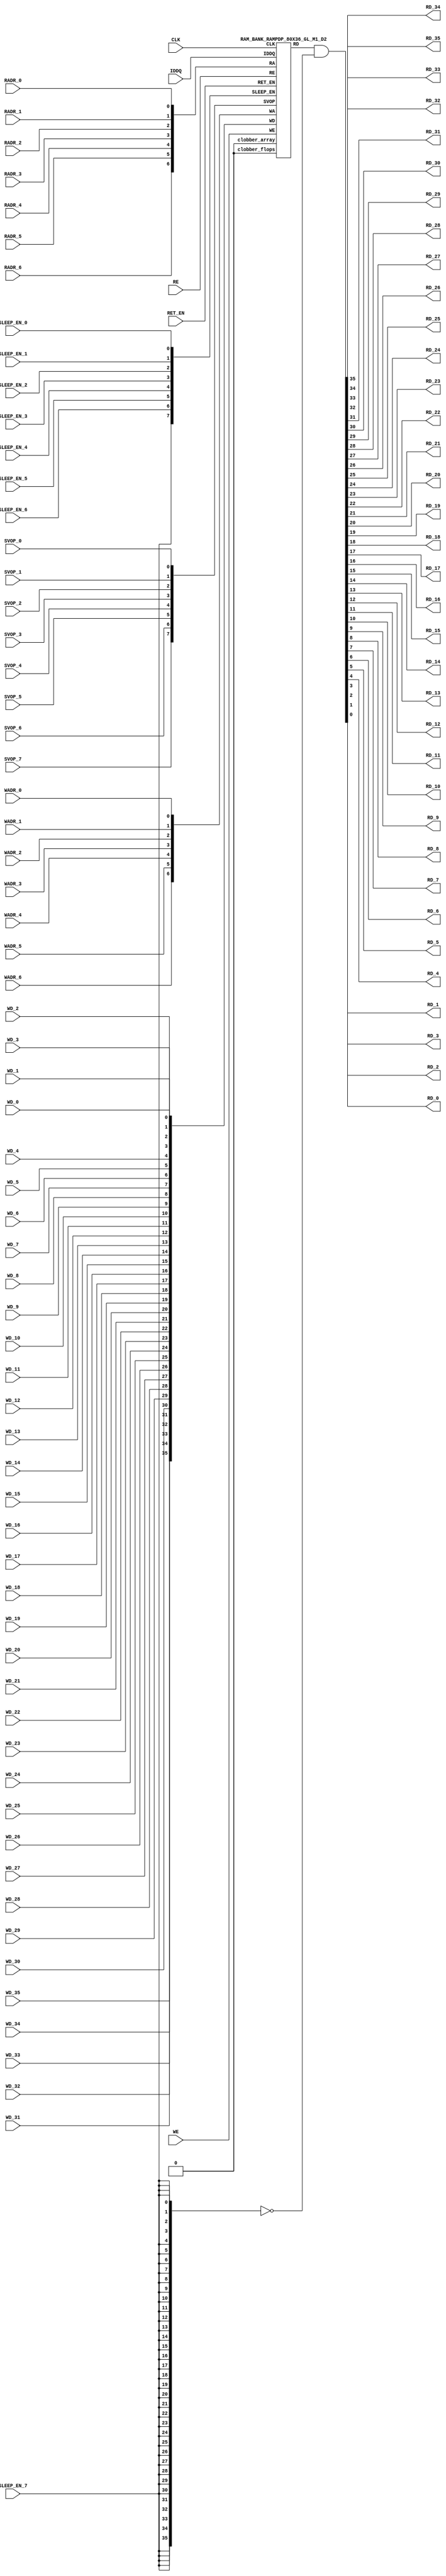

//Technology      : TSMC 16FF-LR
//Compiler version: FINAL.1 - 2017-05-25.18:47:15

`ifdef EMULATION
	`define SYNTHESIS
`endif

`ifndef SYNTHESIS
	`ifdef FAULT_INJECTION
		`define SIM_and_FAULT
	`endif
`endif

`ifndef SYNTHESIS
	`ifdef MONITOR
		`define SIM_and_MONITOR
	`endif
`endif


`ifndef SYNTHESIS 
`timescale 10ps/1ps
`endif 
`celldefine
module RAMPDP_80X36_GL_M1_D2 (  WE,  CLK, IDDQ, SVOP_0, SVOP_1, SVOP_2, SVOP_3, SVOP_4, SVOP_5, SVOP_6, SVOP_7 
,WD_35, WD_34, WD_33, WD_32, WD_31, WD_30, WD_29, WD_28, WD_27, WD_26, WD_25, WD_24, WD_23, WD_22, WD_21, WD_20, WD_19, WD_18, WD_17, WD_16, WD_15, WD_14, WD_13, WD_12, WD_11, WD_10, WD_9, WD_8, WD_7, WD_6, WD_5, WD_4, WD_3, WD_2, WD_1, WD_0,RD_35, RD_34, RD_33, RD_32, RD_31, RD_30, RD_29, RD_28, RD_27, RD_26, RD_25, RD_24, RD_23, RD_22, RD_21, RD_20, RD_19, RD_18, RD_17, RD_16, RD_15, RD_14, RD_13, RD_12, RD_11, RD_10, RD_9, RD_8, RD_7, RD_6, RD_5, RD_4, RD_3, RD_2, RD_1, RD_0, RE
, RADR_6, RADR_5, RADR_4, RADR_3, RADR_2, RADR_1, RADR_0, WADR_6, WADR_5, WADR_4, WADR_3, WADR_2, WADR_1, WADR_0, SLEEP_EN_7, SLEEP_EN_6, SLEEP_EN_5, SLEEP_EN_4, SLEEP_EN_3, SLEEP_EN_2, SLEEP_EN_1, SLEEP_EN_0, RET_EN
);

// nvProps NoBus SLEEP_EN_

`ifndef RAM_INTERFACE
`ifndef SYNTHESIS
// Physical ram size defined as localparam
parameter phy_rows = 80;
parameter phy_cols = 36;
parameter phy_rcols_pos = 36'b000000000000000000000000000000000000;

`endif //SYNTHESIS
`endif //RAM_INTERFACE

// Test mode control ports
input IDDQ;
// Clock port
input CLK;
// SVOP ports
input SVOP_0, SVOP_1, SVOP_2, SVOP_3, SVOP_4, SVOP_5, SVOP_6, SVOP_7;
// Write data ports
input WD_35, WD_34, WD_33, WD_32, WD_31, WD_30, WD_29, WD_28, WD_27, WD_26, WD_25, WD_24, WD_23, WD_22, WD_21, WD_20, WD_19, WD_18, WD_17, WD_16, WD_15, WD_14, WD_13, WD_12, WD_11, WD_10, WD_9, WD_8, WD_7, WD_6, WD_5, WD_4, WD_3, WD_2, WD_1, WD_0;
// Read data ports
output RD_35, RD_34, RD_33, RD_32, RD_31, RD_30, RD_29, RD_28, RD_27, RD_26, RD_25, RD_24, RD_23, RD_22, RD_21, RD_20, RD_19, RD_18, RD_17, RD_16, RD_15, RD_14, RD_13, RD_12, RD_11, RD_10, RD_9, RD_8, RD_7, RD_6, RD_5, RD_4, RD_3, RD_2, RD_1, RD_0;
// Read enable ports
input RE;
// Write enable ports
input WE;
// Read address ports
input RADR_6, RADR_5, RADR_4, RADR_3, RADR_2, RADR_1, RADR_0;
// Write address ports
input WADR_6, WADR_5, WADR_4, WADR_3, WADR_2, WADR_1, WADR_0;

// PG Zone enables
input SLEEP_EN_0, SLEEP_EN_1, SLEEP_EN_2, SLEEP_EN_3, SLEEP_EN_4, SLEEP_EN_5, SLEEP_EN_6, SLEEP_EN_7, RET_EN;

`ifndef RAM_INTERFACE
wire VDD = 1'b1;
wire GND  = 1'b0;

// Combine the sleep enable pins into one bus
	wire [7:0] SLEEP_EN = {SLEEP_EN_7, SLEEP_EN_6, SLEEP_EN_5, SLEEP_EN_4, SLEEP_EN_3, SLEEP_EN_2, SLEEP_EN_1, SLEEP_EN_0};

// Signal to clamp the outputs when the VDD is power gated off.
	wire clamp_rd   = SLEEP_EN[7] ;

// State point clobering signals
// X-out state points when their power goes out
    wire clobber_x;
`ifndef SYNTHESIS
`ifdef DISABLE_REPAIR_X
    wire check_x = (RET_EN ^ (^SLEEP_EN[7:0]) ^  SVOP_0 ^ SVOP_1 ^ SVOP_2 ^ SVOP_3 ^ SVOP_4 ^ SVOP_5 ^ SVOP_6 ^ SVOP_7);
`else 
    wire check_x = (RET_EN ^ (^SLEEP_EN[7:0]) ^  SVOP_0 ^ SVOP_1 ^ SVOP_2 ^ SVOP_3 ^ SVOP_4 ^ SVOP_5 ^ SVOP_6 ^ SVOP_7 );
`endif 
    assign clobber_x = ((check_x === 1'bx) || (check_x === 1'bz))?1'b1:1'b0;
 
    wire clobber_array = (~RET_EN & (|SLEEP_EN[3:0]))  | clobber_x;
    wire clobber_flops = (|SLEEP_EN[7:4]) | clobber_x ;
`else //SYNTHESIS
    wire clobber_array = 1'b0;
    wire clobber_flops = 1'b0;
    assign clobber_x = 1'b0;
`endif //SYNTHESIS 

// Output valid signal
// Outputs are unknown in non-retention mode if VDDM is powered up , but VDD is not 
    wire outvalid;
	assign outvalid = ~(clobber_x | (~RET_EN & (|SLEEP_EN[3:0]) & (|(~SLEEP_EN[7:4]))));


//assemble & rename wires
// Extend the MSB's of the read/write addresses to cover all the flop inputs
// The number of address flops is fixed. Also combine all the individual *_* bits into one bus
	wire [6:0] RA = {RADR_6, RADR_5, RADR_4, RADR_3, RADR_2, RADR_1, RADR_0};
	wire [6:0] WA = {WADR_6, WADR_5, WADR_4, WADR_3, WADR_2, WADR_1, WADR_0};
// Combine all the write data input bits
	wire [35:0] WD = {WD_35, WD_34, WD_33, WD_32, WD_31, WD_30, WD_29, WD_28, WD_27, WD_26, WD_25, WD_24, WD_23, WD_22, WD_21, WD_20, WD_19, WD_18, WD_17, WD_16, WD_15, WD_14, WD_13, WD_12, WD_11, WD_10, WD_9, WD_8, WD_7, WD_6, WD_5, WD_4, WD_3, WD_2, WD_1, WD_0};
	wire [35:0] RD;
// Expand the read data bus into individual output bits
//	assign {RD_35, RD_34, RD_33, RD_32, RD_31, RD_30, RD_29, RD_28, RD_27, RD_26, RD_25, RD_24, RD_23, RD_22, RD_21, RD_20, RD_19, RD_18, RD_17, RD_16, RD_15, RD_14, RD_13, RD_12, RD_11, RD_10, RD_9, RD_8, RD_7, RD_6, RD_5, RD_4, RD_3, RD_2, RD_1, RD_0} = (outvalid) ? RD : 36'bx;
// Do the read data swizzing based on the number of words and bits. 
`ifndef SYNTHESIS
	assign {RD_35, RD_34, RD_33, RD_32, RD_31, RD_30, RD_29, RD_28, RD_27, RD_26, RD_25, RD_24, RD_23, RD_22, RD_21, RD_20, RD_19, RD_18, RD_17, RD_16, RD_15, RD_14, RD_13, RD_12, RD_11, RD_10, RD_9, RD_8, RD_7, RD_6, RD_5, RD_4, RD_3, RD_2, RD_1, RD_0} = (outvalid) ? RD & ~{36{clamp_rd}} : 36'bx;
`else
	assign {RD_35, RD_34, RD_33, RD_32, RD_31, RD_30, RD_29, RD_28, RD_27, RD_26, RD_25, RD_24, RD_23, RD_22, RD_21, RD_20, RD_19, RD_18, RD_17, RD_16, RD_15, RD_14, RD_13, RD_12, RD_11, RD_10, RD_9, RD_8, RD_7, RD_6, RD_5, RD_4, RD_3, RD_2, RD_1, RD_0} =  RD & ~{36{clamp_rd}};
`endif
	wire [7:0] SVOP = {SVOP_7, SVOP_6, SVOP_5, SVOP_4, SVOP_3, SVOP_2, SVOP_1, SVOP_0};


`ifndef EMULATION

// Instantiate memory bank
// This block defines the core functionality of the rams.
	RAM_BANK_RAMPDP_80X36_GL_M1_D2 ITOP ( WE, CLK, IDDQ, SVOP, WD, RD, RE, RA, WA
, SLEEP_EN
,  RET_EN, clobber_array , clobber_flops 
);

`ifndef SYNTHESIS 
// Tasks for initializing the arrays
//VCS coverage off    
always  @(clobber_array) begin : clobber_array_block
    integer i;
    if (clobber_array) begin
	    for (i=0; i<80; i=i+1) begin
		     mem_wr_raw(i, {36{1'bx}});
		end
    end
end


always  @(clobber_flops) begin
  if (clobber_flops) begin
      ITOP.RE_LATB <= 1'bx;
      ITOP.RE_FF <= 1'bx;
      ITOP.WE_LATB <= 1'bx;
      ITOP.WE_FF <= 1'bx;
      ITOP.RADR <= 7'bx;
      ITOP.WADR <= 7'bx;
      ITOP.WAFF <= 7'bx;
      ITOP.WDQ_pr <= 36'bx;
      ITOP.dout <= 36'bx;
  end
end  
//VCS coverage on    

//VCS coverage off    
task mem_wr_raw;
  input [6:0] addr;
  input [35:0] data;
  begin
        ITOP.iow0.mem_wr_raw_subbank(addr[6:0],data);
  end
endtask

// Ramgen function for writing the arrays 
task mem_write;
  input [6:0] addr;
  input [35:0] data;
  begin
    ITOP.mem_write_bank(addr,data);
  end
endtask

// Ramgen function for reading the arrays 
function [35:0] mem_read;
input [6:0] addr;
  begin
        mem_read = ITOP.mem_read_bank(addr);
  end
endfunction


// Random only generates 32 bit value.
// If nbits > 32, call it multiple times
// Old random fill fills all memory locations with same random value


task mem_fill_random;
	reg [35:0] val;
	integer i;
	begin
		for (i=0; i<80; i=i+1) begin
		    val = {$random, $random};
		    mem_wr_raw(i, val);
		end
	end 
endtask

// Fill the memory with a given bit value 
task mem_fill_value;
    input fill_bit;
	reg [35:0] val;
    integer i;
    begin
        val = {36{fill_bit}};
        for (i=0; i<80; i=i+1) begin
		    mem_wr_raw(i, val);
        end
    end
endtask 

// read logical address and feed into salat
task force_rd;
input [6:0] addr;
	reg [35:0] rd;

	`ifdef USE_RAMINIT_LIBS
	reg raminit_active, raminit_argcheck, raminit_debug, raminit_enable, raminit_random, raminit_invert,
	    raminit_val, raminit_waitclock, raminit_use_force;
	real raminit_delay_ns, raminit_waitclock_check_ns;
	initial
	begin
	  raminit_active    = 0; // default is inactive (plusarg to active the ram init functionality)
	  raminit_argcheck  = 0; // default is no plusargs check (apart from raminit_active and raminit_argcheck)
	  raminit_debug     = 0; // default is no debug messages
	  raminit_enable    = 0; // default is no init (variable indicating if the ram init functionality is enabled for this instance)
	  raminit_random    = 0; // default is no random init
	  raminit_invert    = 0; // default is not to invert the init value
	  raminit_val       = 0; // default init value is zero
	  raminit_waitclock = 0; // default is not to wait to clock to be non-X
	  raminit_use_force = 1; // default is to use force/release
	  raminit_delay_ns           = `ifdef NV_TOP_RESET_ON_DELAY  (`NV_TOP_RESET_ON_DELAY+2) `else 3 `endif; // default is 2ns after nv_top_reset_ goes low or ram clock is not X
	  raminit_waitclock_check_ns = `ifdef NV_TOP_RESET_OFF_DELAY (`NV_TOP_RESET_OFF_DELAY)  `else 0 `endif; // default is when nv_top_reset_ goes high
	  $value$plusargs("raminit_active=%d",    raminit_active);
	  $value$plusargs("raminit_argcheck=%d",  raminit_argcheck);
	  if (raminit_argcheck)
	  begin
	    // The following variables are not usually used as plusargs, but instead set through add_inst_array calls or the init_inst_file.
	    $value$plusargs("raminit_debug=%d",              raminit_debug);
	    $value$plusargs("raminit_enable=%d",             raminit_enable);
	    $value$plusargs("raminit_random=%d",             raminit_random);
	    $value$plusargs("raminit_invert=%d",             raminit_invert);
	    $value$plusargs("raminit_val=%d",                raminit_val);
	    $value$plusargs("raminit_waitclock=%d",          raminit_waitclock);
	    $value$plusargs("raminit_delay_ns=%f",           raminit_delay_ns);
	    $value$plusargs("raminit_waitclock_check_ns=%f", raminit_waitclock_check_ns);
	    $value$plusargs("raminit_use_force=%d",          raminit_use_force);
	  end
	  `ifdef INST_CHECK
	  `INST_CHECK(ram_inst_check0,raminit_active,raminit_debug,raminit_enable,raminit_random,raminit_val,raminit_invert,raminit_waitclock,raminit_delay_ns,raminit_waitclock_check_ns);
	  `endif
	  if (!raminit_active)  raminit_enable = 0;
	  else if (raminit_enable)
	  begin
	    if (raminit_random) raminit_val = `ifdef NO_PLI 1'b0 `else $RollPLI(0,1) `endif;
	    if (raminit_invert) raminit_val = ~raminit_val;
	  end
	  if (raminit_debug)
	  begin
	    $display("%m: raminit_active              = %d", raminit_active);
	    $display("%m: raminit_argcheck            = %d", raminit_argcheck);
	    $display("%m: raminit_debug               = %d", raminit_debug);
	    $display("%m: raminit_enable              = %d", raminit_enable);
	    $display("%m: raminit_random              = %d", raminit_random);
	    $display("%m: raminit_invert              = %d", raminit_invert);
	    $display("%m: raminit_val                 = %d", raminit_val);
	    $display("%m: raminit_waitclock           = %d", raminit_waitclock);
	    $display("%m: raminit_delay_ns            = %f ns", raminit_delay_ns);
	    $display("%m: raminit_waitclock_check_ns  = %f ns", raminit_waitclock_check_ns);
	    $display("%m: raminit_use_force           = %d", raminit_use_force);
	  end
	end
	`endif

	`ifdef USE_RAMINIT_LIBS
	// init rd
	task init_rd_regs;
	begin
	  #0; // wait for raminit variables to be set
	  if (raminit_enable)
	  begin : raminit_val_blk
	    reg [36-1:0] raminit_fullval;
	    if (raminit_random)  raminit_fullval = `ifdef NO_PLI {36 {1'b1}} `else { $RollPLI(0,{32{1'b1}}), $RollPLI(0,{4{1'b1}}) } `endif ;
	    else                 raminit_fullval = {36 {raminit_val}};
	    if (raminit_invert)  raminit_fullval = ~raminit_fullval;
	    if (raminit_use_force)  force rd = raminit_fullval;
	    if (raminit_waitclock)  wait ( !== 1'bx);
	    #(raminit_delay_ns*100);
	    `ifdef INST_WAITCLOCK_CHECK
	    `INST_WAITCLOCK_CHECK(waitclock_inst_check0,raminit_waitclock,raminit_waitclock_check_ns,100)
	    `endif
	    if (raminit_use_force)  release rd;
	    rd = raminit_fullval;
	  end
	end
	endtask
	initial begin init_rd_regs();  end
	`ifdef RAMINIT_TRIGGER
	always @(`RAMINIT_TRIGGER)  init_rd_regs();
	`endif
	`endif // `ifdef USE_RAMINIT_LIBS

	begin
        rd = ITOP.iow0.mem_read_raw_subbank(addr);
		ITOP.dout = rd;
	end
endtask

`ifdef MEM_PHYS_INFO
//function for physical array read row, takes physical address
function [35:0] mem_phys_read_padr;
input [6:0] addr;
	reg [35:0] rd_row;

	`ifdef USE_RAMINIT_LIBS
	// init rd_row
	task init_rd_row_regs;
	begin
	  #0; // wait for raminit variables to be set
	  if (raminit_enable)
	  begin : raminit_val_blk
	    reg [36-1:0] raminit_fullval;
	    if (raminit_random)  raminit_fullval = `ifdef NO_PLI {36 {1'b1}} `else { $RollPLI(0,{32{1'b1}}), $RollPLI(0,{4{1'b1}}) } `endif ;
	    else                 raminit_fullval = {36 {raminit_val}};
	    if (raminit_invert)  raminit_fullval = ~raminit_fullval;
	    if (raminit_use_force)  force rd_row = raminit_fullval;
	    if (raminit_waitclock)  wait ( !== 1'bx);
	    #(raminit_delay_ns*100);
	    `ifdef INST_WAITCLOCK_CHECK
	    `INST_WAITCLOCK_CHECK(waitclock_inst_check1,raminit_waitclock,raminit_waitclock_check_ns,100)
	    `endif
	    if (raminit_use_force)  release rd_row;
	    rd_row = raminit_fullval;
	  end
	end
	endtask
	initial begin init_rd_row_regs();  end
	`ifdef RAMINIT_TRIGGER
	always @(`RAMINIT_TRIGGER)  init_rd_row_regs();
	`endif
	`endif // `ifdef USE_RAMINIT_LIBS

	reg [35:0] rd[0:0];
	integer i;
	begin
        rd[0] = ITOP.iow0.mem_read_raw_subbank(addr);
        for (i=0; i<=35; i=i+1) begin
            rd_row[i*1+0] = rd[0][i];
		end
		mem_phys_read_padr = rd_row;
	end
endfunction

//function for physical array read row, takes logical address
function [35:0] mem_phys_read_ladr;
input [6:0] addr;
    reg [6:0] paddr;
	reg [35:0] rd_row;

	`ifdef USE_RAMINIT_LIBS
	// init rd_row
	task init_rd_row_regs;
	begin
	  #0; // wait for raminit variables to be set
	  if (raminit_enable)
	  begin : raminit_val_blk
	    reg [36-1:0] raminit_fullval;
	    if (raminit_random)  raminit_fullval = `ifdef NO_PLI {36 {1'b1}} `else { $RollPLI(0,{32{1'b1}}), $RollPLI(0,{4{1'b1}}) } `endif ;
	    else                 raminit_fullval = {36 {raminit_val}};
	    if (raminit_invert)  raminit_fullval = ~raminit_fullval;
	    if (raminit_use_force)  force rd_row = raminit_fullval;
	    if (raminit_waitclock)  wait ( !== 1'bx);
	    #(raminit_delay_ns*100);
	    `ifdef INST_WAITCLOCK_CHECK
	    `INST_WAITCLOCK_CHECK(waitclock_inst_check2,raminit_waitclock,raminit_waitclock_check_ns,100)
	    `endif
	    if (raminit_use_force)  release rd_row;
	    rd_row = raminit_fullval;
	  end
	end
	endtask
	initial begin init_rd_row_regs();  end
	`ifdef RAMINIT_TRIGGER
	always @(`RAMINIT_TRIGGER)  init_rd_row_regs();
	`endif
	`endif // `ifdef USE_RAMINIT_LIBS

	reg [35:0] rd[0:0];
	integer i;
	begin
        paddr = (addr >> 0);
        rd[0] = ITOP.iow0.mem_read_raw_subbank(paddr);
        for (i=0; i<=35; i=i+1) begin
            rd_row[i*1+0] = rd[0][i];
		end
		mem_phys_read_ladr = rd_row;
	end
endfunction


//function for physical array read row with column masking, takes logical address
function [35:0] mem_phys_read_pmasked;
input [6:0] addr;
   reg [35:0] rd_row;

   `ifdef USE_RAMINIT_LIBS
   // init rd_row
   task init_rd_row_regs;
   begin
     #0; // wait for raminit variables to be set
     if (raminit_enable)
     begin : raminit_val_blk
       reg [36-1:0] raminit_fullval;
       if (raminit_random)  raminit_fullval = `ifdef NO_PLI {36 {1'b1}} `else { $RollPLI(0,{32{1'b1}}), $RollPLI(0,{4{1'b1}}) } `endif ;
       else                 raminit_fullval = {36 {raminit_val}};
       if (raminit_invert)  raminit_fullval = ~raminit_fullval;
       if (raminit_use_force)  force rd_row = raminit_fullval;
       if (raminit_waitclock)  wait ( !== 1'bx);
       #(raminit_delay_ns*100);
       `ifdef INST_WAITCLOCK_CHECK
       `INST_WAITCLOCK_CHECK(waitclock_inst_check3,raminit_waitclock,raminit_waitclock_check_ns,100)
       `endif
       if (raminit_use_force)  release rd_row;
       rd_row = raminit_fullval;
     end
   end
   endtask
   initial begin init_rd_row_regs();  end
   `ifdef RAMINIT_TRIGGER
   always @(`RAMINIT_TRIGGER)  init_rd_row_regs();
   `endif
   `endif // `ifdef USE_RAMINIT_LIBS

   reg [35:0] rd[0 : 0];
   integer i;
   begin
        rd_row = ITOP.iow0.mem_read_raw_subbank(addr);
        mem_phys_read_pmasked = rd_row;
    end
endfunction

//Task for physical array write row, takes physical address
task mem_phys_write;
input [6:0] addr;
input [35:0] data;
	reg [35:0] wr[0:0];
	integer i;
	begin
        for (i=0; i<=35; i=i+1) begin
            wr[0][i] = data[i*1+0];
		end
        ITOP.iow0.mem_wr_raw_subbank(addr,wr[0]);
	end
endtask

// Function to return a physical address given a logical address input.
function [6:0] mem_log_to_phys_adr;
input [6:0] addr;
    begin
        mem_log_to_phys_adr = (addr >> 0) ; 
    end
endfunction 
`endif //MEM_PHYS_INFO

`ifdef MONITOR
// Monitor dump trigger
reg dump_monitor_result;

initial begin : init_monitor
  dump_monitor_result = 1'b0;
end

task monitor_on;
    begin
		ITOP.iow0.monitor_on = 1'b1;
   end
endtask

task monitor_off;
    begin
		ITOP.iow0.monitor_on = 1'b0;
        dump_monitor_result = 1'b1;
    end
endtask

// read bit_written monitor row by physical address from subarray
function [35:0] mon_bit_w;
input [6:0] addr;
	reg [35:0] mon_row;
	reg [35:0] mon_word[0:0];
	integer i;
	begin
		// read all monitor words for a row
		mon_word[0] = ITOP.iow0.bit_written[addr];
		// combine all 1 words to a row
		for (i=0; i<=35; i=i+1) begin
			mon_row[i*1+0] = mon_word[0][i];
		end
		mon_bit_w = mon_row;
	end
endfunction

// read bit_read monitor word by address from subarray
function [35:0] mon_bit_r;
input [6:0] addr;
	reg [35:0] mon_row;
	reg [35:0] mon_word[0:0];
	integer i;
	begin
		// read all monitor words for a row
		mon_word[0] = ITOP.iow0.bit_read[addr];
		// combine all 1 words to a row
		for (i=0; i<=35; i=i+1) begin
			mon_row[i*1+0] = mon_word[0][i];
		end
		mon_bit_r = mon_row;
	end
endfunction

// read word_written monitor row by physical address from subarray
function  mon_word_w;
input [6:0] addr;
	reg mon_word[0:0];
	integer i;
	begin
		// read all monitor words for a row
		mon_word[0] = ITOP.iow0.word_written[addr];
		// combine all 1 words to a row
		mon_word_w = mon_word[0]  ;
	end
endfunction

// read word_read monitor row by physical address from subarray
function  mon_word_r;
input [6:0] addr;
	reg mon_word[0:0];
	integer i;
	begin
		// read all monitor words for a row
		mon_word[0] = ITOP.iow0.word_read[addr];
		// combine all 1 words to a row
		mon_word_r = mon_word[0]  ;
	end
endfunction

always @(dump_monitor_result) begin : dump_monitor
	integer i;
	integer j;
	reg [35:0] tmp_row;
    reg tmp_bit;
	if (dump_monitor_result == 1'b1) begin
	    $display("Exercised coverage summary:");
        $display("\t%m rows unwritten:");
        for(i=0;i<=80;i=i+1) begin
			tmp_bit = mon_word_w(i);
            if (tmp_bit !== 1) $display("\t\trow %d", i);
		end
        $display("\t%m rows unread:");
        for(i=0;i<=80;i=i+1) begin
			tmp_bit = mon_word_r(i);
            if (tmp_bit !== 1) $display("\t\trow %d", i);
		end
		$display("\t%m bits not written as 0:");
		for (i=0; i<80; i=i+1) begin
			tmp_row = mon_bit_w(i);
			for (j=0; j<36; j=j+1) begin
				if (tmp_row[j] !== 1'b0 && tmp_row[j] !== 1'bz) $display("\t\t[row,bit] [%d,%d]", i, j);
			end
		end
		$display("\t%m bits not written as 1:");
		for (i=0; i<80; i=i+1) begin
			tmp_row = mon_bit_w(i);
			for (j=0; j<36; j=j+1) begin
				if (tmp_row[j] !== 1'b1 && tmp_row[j] !== 1'bz) $display("\t\t[row,bit] [%d,%d]", i, j);
			end
		end
		$display("\t%m bits not read as 0:");
		for (i=0; i<80; i=i+1) begin
			tmp_row = mon_bit_r(i);
			for (j=0; j<36; j=j+1) begin
				if (tmp_row[j] !== 1'b0 && tmp_row[j] !== 1'bz) $display("\t\t[row,bit] [%d,%d]", i, j);
			end
		end
		$display("\t%m bits not read as 1:");
		for (i=0; i<80; i=i+1) begin
			tmp_row = mon_bit_r(i);
			for (j=0; j<36; j=j+1) begin
				if (tmp_row[j] !== 1'b1 && tmp_row[j] !== 1'bz) $display("\t\t[row,bit] [%d,%d]", i, j);
			end
		end
		dump_monitor_result = 1'b0;
	end
end

//VCS coverage on    
`endif // MONITOR

`ifdef NV_RAM_EXPAND_ARRAY
wire [35:0] Q_0 = ITOP.iow0.arr[0];
wire [35:0] Q_1 = ITOP.iow0.arr[1];
wire [35:0] Q_2 = ITOP.iow0.arr[2];
wire [35:0] Q_3 = ITOP.iow0.arr[3];
wire [35:0] Q_4 = ITOP.iow0.arr[4];
wire [35:0] Q_5 = ITOP.iow0.arr[5];
wire [35:0] Q_6 = ITOP.iow0.arr[6];
wire [35:0] Q_7 = ITOP.iow0.arr[7];
wire [35:0] Q_8 = ITOP.iow0.arr[8];
wire [35:0] Q_9 = ITOP.iow0.arr[9];
wire [35:0] Q_10 = ITOP.iow0.arr[10];
wire [35:0] Q_11 = ITOP.iow0.arr[11];
wire [35:0] Q_12 = ITOP.iow0.arr[12];
wire [35:0] Q_13 = ITOP.iow0.arr[13];
wire [35:0] Q_14 = ITOP.iow0.arr[14];
wire [35:0] Q_15 = ITOP.iow0.arr[15];
wire [35:0] Q_16 = ITOP.iow0.arr[16];
wire [35:0] Q_17 = ITOP.iow0.arr[17];
wire [35:0] Q_18 = ITOP.iow0.arr[18];
wire [35:0] Q_19 = ITOP.iow0.arr[19];
wire [35:0] Q_20 = ITOP.iow0.arr[20];
wire [35:0] Q_21 = ITOP.iow0.arr[21];
wire [35:0] Q_22 = ITOP.iow0.arr[22];
wire [35:0] Q_23 = ITOP.iow0.arr[23];
wire [35:0] Q_24 = ITOP.iow0.arr[24];
wire [35:0] Q_25 = ITOP.iow0.arr[25];
wire [35:0] Q_26 = ITOP.iow0.arr[26];
wire [35:0] Q_27 = ITOP.iow0.arr[27];
wire [35:0] Q_28 = ITOP.iow0.arr[28];
wire [35:0] Q_29 = ITOP.iow0.arr[29];
wire [35:0] Q_30 = ITOP.iow0.arr[30];
wire [35:0] Q_31 = ITOP.iow0.arr[31];
wire [35:0] Q_32 = ITOP.iow0.arr[32];
wire [35:0] Q_33 = ITOP.iow0.arr[33];
wire [35:0] Q_34 = ITOP.iow0.arr[34];
wire [35:0] Q_35 = ITOP.iow0.arr[35];
wire [35:0] Q_36 = ITOP.iow0.arr[36];
wire [35:0] Q_37 = ITOP.iow0.arr[37];
wire [35:0] Q_38 = ITOP.iow0.arr[38];
wire [35:0] Q_39 = ITOP.iow0.arr[39];
wire [35:0] Q_40 = ITOP.iow0.arr[40];
wire [35:0] Q_41 = ITOP.iow0.arr[41];
wire [35:0] Q_42 = ITOP.iow0.arr[42];
wire [35:0] Q_43 = ITOP.iow0.arr[43];
wire [35:0] Q_44 = ITOP.iow0.arr[44];
wire [35:0] Q_45 = ITOP.iow0.arr[45];
wire [35:0] Q_46 = ITOP.iow0.arr[46];
wire [35:0] Q_47 = ITOP.iow0.arr[47];
wire [35:0] Q_48 = ITOP.iow0.arr[48];
wire [35:0] Q_49 = ITOP.iow0.arr[49];
wire [35:0] Q_50 = ITOP.iow0.arr[50];
wire [35:0] Q_51 = ITOP.iow0.arr[51];
wire [35:0] Q_52 = ITOP.iow0.arr[52];
wire [35:0] Q_53 = ITOP.iow0.arr[53];
wire [35:0] Q_54 = ITOP.iow0.arr[54];
wire [35:0] Q_55 = ITOP.iow0.arr[55];
wire [35:0] Q_56 = ITOP.iow0.arr[56];
wire [35:0] Q_57 = ITOP.iow0.arr[57];
wire [35:0] Q_58 = ITOP.iow0.arr[58];
wire [35:0] Q_59 = ITOP.iow0.arr[59];
wire [35:0] Q_60 = ITOP.iow0.arr[60];
wire [35:0] Q_61 = ITOP.iow0.arr[61];
wire [35:0] Q_62 = ITOP.iow0.arr[62];
wire [35:0] Q_63 = ITOP.iow0.arr[63];
wire [35:0] Q_64 = ITOP.iow0.arr[64];
wire [35:0] Q_65 = ITOP.iow0.arr[65];
wire [35:0] Q_66 = ITOP.iow0.arr[66];
wire [35:0] Q_67 = ITOP.iow0.arr[67];
wire [35:0] Q_68 = ITOP.iow0.arr[68];
wire [35:0] Q_69 = ITOP.iow0.arr[69];
wire [35:0] Q_70 = ITOP.iow0.arr[70];
wire [35:0] Q_71 = ITOP.iow0.arr[71];
wire [35:0] Q_72 = ITOP.iow0.arr[72];
wire [35:0] Q_73 = ITOP.iow0.arr[73];
wire [35:0] Q_74 = ITOP.iow0.arr[74];
wire [35:0] Q_75 = ITOP.iow0.arr[75];
wire [35:0] Q_76 = ITOP.iow0.arr[76];
wire [35:0] Q_77 = ITOP.iow0.arr[77];
wire [35:0] Q_78 = ITOP.iow0.arr[78];
wire [35:0] Q_79 = ITOP.iow0.arr[79];
`endif //NV_RAM_EXPAND_ARRAY
`endif //SYNTHESIS

`ifdef FAULT_INJECTION
// BIST stuck at tasks
// induce faults on columns
//VCS coverage off    
task mem_fault_no_write;
input [35:0] fault_mask;
    begin
        ITOP.iow0.mem_fault_no_write_subbank(fault_mask);
    end
endtask

task mem_fault_stuck_0;
input [35:0] fault_mask;
    begin
        ITOP.iow0.mem_fault_stuck_0_subbank(fault_mask);
    end
endtask

task mem_fault_stuck_1;
input [35:0] fault_mask;
    begin
        ITOP.iow0.mem_fault_stuck_1_subbank(fault_mask);
    end
endtask

task set_bit_fault_stuck_0;
input r;
input c;
integer r;
integer c;

    ITOP.iow0.set_bit_fault_stuck_0_subbank(r, c);

endtask

task set_bit_fault_stuck_1;
input r;
input c;
integer r;
integer c;
 
    ITOP.iow0.set_bit_fault_stuck_1_subbank(r, c);

endtask

task clear_bit_fault_stuck_0;
input r;
input c;
integer r;
integer c;

    ITOP.iow0.clear_bit_fault_stuck_0_subbank(r, c);

endtask

task clear_bit_fault_stuck_1;
input r;
input c;
integer r;
integer c;

    ITOP.iow0.clear_bit_fault_stuck_1_subbank(r, c);

endtask
//VCS coverage on    

`endif // STUCK
`else // EMULATION=1 
//VCS coverage off    
// The emulation model is a simple model which models only basic functionality and contains no test logic or redundancy.
// The model also uses flops wherever possible. Latches are avoided to help close timing on the emulator.
// The unused pins are left floating in the model.

// Register declarations
// enables 
    reg RE_FF,WE_FF,RE_LAT,WE_LAT;
// Addresses 
    reg [6:0] RAFF,WAFF;
// Data 
    reg [35:0] WD_FF;
    reg [35:0] RD_LAT;
 
// Latch the enables
//spyglass disable_block IntClock,W18 
    always @(*) begin 
        if (!CLK) begin
            RE_LAT <= RE; 
            WE_LAT <= WE; 
        end 
    end
//spyglass enable_block IntClock,W18 
            
// Flop the enables : RE/WE/RE_O
    always @(posedge CLK) begin
        RE_FF <= RE; //spyglass disable IntClock
        WE_FF <= WE; //spyglass disable IntClock
    end 

// Gated clock for the read/write operations 
    wire RECLK = CLK & RE_LAT; //spyglass disable GatedClock
    wire WECLK = CLK & WE_LAT; //spyglass disable GatedClock

// Flop the addresses/write data//mask 
    always @(posedge RECLK) 
        RAFF <= RA; //spyglass disable IntClock
    always @(posedge WECLK) begin 
        WAFF <= WA; //spyglass disable IntClock
        WD_FF <= WD; //spyglass disable IntClock
    end 



// Memory 
    reg [35:0] mem[79:0]; 

// write into the memory on negative edge of clock
   wire WRCLK = ~CLK & WE_FF ; //spyglass disable GatedClock
 
    always @(posedge WRCLK)
        mem[WAFF] <= WD_FF; //spyglass disable SYNTH_5130

// Read 
    wire [35:0] dout;
    assign dout = mem[RAFF]; //spyglass disable SYNTH_5130
    reg [35:0] dout_LAT;
    always @(RECLK or dout) 
        if (RECLK) 
            dout_LAT <= dout; //spyglass disable W18
    assign RD = dout_LAT;

`endif // EMULATION
//VCS coverage on    
`endif  // end RAM_INTERFACE
endmodule
`endcelldefine

`ifndef RAM_INTERFACE
`ifndef EMULATION

//memory bank block
module RAM_BANK_RAMPDP_80X36_GL_M1_D2 ( WE, CLK, IDDQ, SVOP, WD, RD, RE, RA, WA
, SLEEP_EN
, RET_EN , clobber_array , clobber_flops 
);

// Input/output port definitions
input  WE, CLK, IDDQ , RE;
input [7:0] SVOP;
input [35:0] WD;
input [6:0] RA, WA;
output [35:0] RD;
input [7:0] SLEEP_EN;

input RET_EN , clobber_array , clobber_flops ; 

// When there is no bypass requested, tie the internal bypass select to 0.
    wire RDBYP = 1'b0;
//Definitions of latches and flops in the design
// *_LAT --> Latched value
// *_LATB --> inverted latch value
// *_FF   --> Flopped version
	reg RE_LATB, RE_FF, WE_LATB, WE_FF;
	reg [6:0] RADR, WADR, WAFF;

    // For non-pipelined rams , capture_dis is disabled
    wire CAPT_DIS = 1'b0;

// Clamp the array access when IDDQ=1
	wire CLAMPB = ~IDDQ;
	wire latffclk = CLK;

// Latch and flop the primary control enables. This is on the unconditional clock.
// spyglass disable_block W18
	always @(*) begin
    // Latch part 
		if(!latffclk & !clobber_flops) begin
            RE_LATB     <= ~RE ;
            // Write Enable 
			WE_LATB     <= ~WE; // spyglass disable IntClock
		end // end if
	end // end always

	always @(*) begin
    // Flop part
		if (latffclk & !clobber_flops) begin
        // Flop outputs of the latches above
            WE_FF      <= ~WE_LATB;
			RE_FF      <= ~RE_LATB;
        end // end if
    end // end always
// spyglass enable_block W18
    
// Conditional clock generation.

// Write enable	and clock
// Clocks are generated when the write enable OR SE == 1 , but SHOLD == 0
    wire we_se   = ~WE_LATB;
	wire WRDCLK  = we_se & latffclk & !clobber_flops; // spyglass disable GatedClock
	wire WADRCLK = WRDCLK;

// Read enable and clock
// There is no SHOLD dependence on the read clocks because these are implemented using loopback flops
// Clocks are generated when the Read enable OR SE == 1
    wire re_se   = ~RE_LATB;
	wire RADRCLK =  re_se & latffclk ;

//  *** The model reads in A , writes in B ***
// Read clock to the memory is off the rising edge of clock
// CLk ==1 , when RE=1 or (SE=1 and SCRE=1) && (ACC_DIS == 1)
// SE=1 and SCRE=1 is needed to force known values into the latches for launch in testmodes.
	wire RECLK   = (~RE_LATB) & CLAMPB & !clobber_flops & !RET_EN & CLK;
// Writes are shifted to the low phase of the clock
// Flopped version of the enables are used to prevent glitches in the clock
// SCWI ==1 prevents writes into the memory
    wire WECLK   = WE_FF &  CLAMPB & !clobber_flops & !RET_EN & ~CLK;
	wire RWSEL   = WE_FF &  CLAMPB & ~CLK;



// Latch read addresses
// spyglass disable_block W18
	always @(*) begin
		if(!RADRCLK & !clobber_flops) begin
			RADR <= RA;
		end // end if
	end // end always


// Flop write address
	always @(posedge WADRCLK) begin
		WAFF <= WA ;
	end
// spyglass enable_block W18


// Force the MSB's to 0 in the SCRE mode. This makes sure that we will always read in from valid addresses for resetting the output latches.
	wire [6:0] RADRSWI = RADR[6:0];
// Select the read address when CLK=1 and write addresses when CLK=0
	wire [6:0] ADR = {7{RWSEL}} & WAFF | ~{7{RWSEL}} & RADRSWI;

	wire [7:0] fusePDEC2;
	wire [7:0] fusePDEC1;
	wire [7:0] fusePDEC0;
    wire fuseien;
// Non repairable rams
    assign fusePDEC2 = {8{1'b0}};
    assign fusePDEC1 = {8{1'b0}};
    assign fusePDEC0 = {8{1'b0}};
    assign fuseien = 0;

//io part
	wire [35:0] WDQ;
	wire [35:0] WDBQ;
	wire [35:0] WMNexp;
	wire [35:0] WMNQ;

// Expand the fuse predec to 512 bits . It follows the 8x8x8 repeat pattern
// We will use only the ones needed for this particular ram configuration and ignore the rest
	wire [511:0] PDEC2 = {{64{fusePDEC2[7]}}, {64{fusePDEC2[6]}}, {64{fusePDEC2[5]}}, {64{fusePDEC2[4]}}, {64{fusePDEC2[3]}}, {64{fusePDEC2[2]}}, {64{fusePDEC2[1]}}, {64{fusePDEC2[0]}}};
	wire [511:0] PDEC1 = {8{{8{fusePDEC1[7]}}, {8{fusePDEC1[6]}}, {8{fusePDEC1[5]}}, {8{fusePDEC1[4]}}, {8{fusePDEC1[3]}}, {8{fusePDEC1[2]}}, {8{fusePDEC1[1]}}, {8{fusePDEC1[0]}}}};
	wire [511:0] PDEC0 = {64{fusePDEC0[7:0]}};
	wire [35:0] BADBIT, SHFT;

// SHIFT<*> == 1 --> No repair at that bit , 0 --> repair at that bit .
// SHIFT<X> == not(and Pdec*<X>) & SHIFT<X-1>
    assign BADBIT = {36{1'b0}};
    assign SHFT   = {36{1'b1}};

    reg [35:0] WDQ_pr;
    wire [35:0] WDBQ_pr;

    assign WMNexp = {36{1'b1}};

    always @(posedge WRDCLK) begin
// Flop write data
		WDQ_pr[35:0]    <= WD & WMNexp;
	end

    assign WDBQ_pr = ~WDQ_pr;

    assign WMNQ = (WDQ | WDBQ);
	assign WDQ  = WDQ_pr;
	assign WDBQ = WDBQ_pr;

    reg [35:0] dout;
	wire [35:0] RD;
	wire RD_rdnt0,RD_rdnt1;

	wire [35:0] sel_normal, sel_redun;

// Read bypass is not used for non custom ram
	wire [35:0] RDBYPASS = {36{1'b0}};


// Read bypass will override redunancy mux .
	assign sel_redun  = ~SHFT & ~RDBYPASS;
	assign sel_normal =  SHFT & ~RDBYPASS;

// Non pipelined Read out. This is a 2 to 1 mux with bypass taking priority
	assign RD = sel_normal & dout | RDBYPASS & WDQ_pr;


// FOR SIMULATION ONLY. REMOVE WHEN ASSERTIONS ARE AVAILABLE!
// The following section figures out the unused address space and forces a X out on the reads/prevents writes
// #unusedbits 0 #lowcmidx 0 #cmstep 1 #cm 1 #maxaddr 128
    wire legal, tiedvalid, empadd;
    assign tiedvalid = 1'b1;

// Max address is 80 --> ['1', '0', '0', '1', '1', '1', '1']
// If the address falls within the space covered by valid address bits , but is > NE , then assign 1 to empadd to indicate it is an invalid address
    assign empadd = ADR[6] & ADR[5] |
                    ADR[6] & ADR[4];
// It is a legal input address if it does not fall in the empty space.
    assign legal = tiedvalid & ~empadd ;
    
    wire [35:0] force_x;
`ifndef SYNTHESIS
    assign force_x = {36{1'bx}};
`else 
    assign force_x = {36{1'b0}};
`endif 

// Generate the read and write clocks for the various CM banks
    wire RdClk0;
    wire WrClk0;
    
    assign RdClk0 = RECLK;
    
    assign WrClk0 = WECLK & legal;
    
    wire [35:0] rmuxd0;
    wire [35:0] dout0;
    
// Mux the way reads onto the final read busa
// Output X's if the address is invalid    
	//assign rmuxd0 = legal ? {36{RdClk0}} & ~dout0 : force_x;
	assign rmuxd0 = {36{RdClk0}} & ~dout0 ;
    always @(RECLK or rmuxd0)
    begin
        if (RECLK)
	    begin
            dout[35:0] <= (rmuxd0[35:0]); // spyglass disable W18 
        end
    end

// Instantiate the memory banks. One for each CM .
    RAMPDP_80X36_GL_M1_D2_ram # (80, 36, 7) iow0 (
		WAFF[6:0],
		WrClk0,
        WMNQ,
		WDQ,
		RADRSWI[6:0],
		dout0
	);

 
`ifndef SYNTHESIS 
// Tasks for initializing the arrays
// Ramgen function for writing the arrays 
//VCS coverage off    
task mem_write_bank;
  input [6:0] addr;
  input [35:0] data;
  reg   [35:0] wdat;
  begin
    wdat = data;
    iow0.mem_wr_raw_subbank(addr[6:0],wdat);
  end
endtask

// Ramgen function for reading the arrays 
function [35:0] mem_read_bank;
input [6:0] addr;
reg [35:0] memout;
  begin
    memout = iow0.mem_read_raw_subbank(addr);
    mem_read_bank = memout;
  end
endfunction
//VCS coverage on    

`endif  //SYNTHESIS

endmodule
`endif // end EMULATION
`endif // end RAM_INTERFACE 

`ifndef RAM_INTERFACE
`ifndef EMULATION
module RAMPDP_80X36_GL_M1_D2_ram (
   wadr,
   wrclk,
   wrmaskn,
   wrdata,
   radr,
   rout_B
);

// default parameters
parameter  words =  80;
parameter  bits  =  36;
parameter  addrs =  7;

// Write address
input  [addrs-1:0] wadr;
// Write clock
input  wrclk;
// Write data
input  [bits-1:0] wrdata;
// Write Mask
input  [bits-1:0] wrmaskn;

// Read address
input  [addrs-1:0] radr;
// Read out
wire   [bits-1:0]  rdarr;
output [bits-1:0] rout_B;


// Memory . words X bits
reg    [bits-1:0]  arr[0:words-1];

`ifdef SIM_and_FAULT
// regs for inducing faults
reg [bits-1:0] fault_no_write; // block writes to this column
reg [bits-1:0] fault_stuck_0;  // column always reads as 0
reg [bits-1:0] fault_stuck_1;  // column always reads as 1
reg [bits-1:0] bit_fault_stuck_0[0:words-1];  // column always reads as 0
reg [bits-1:0] bit_fault_stuck_1[0:words-1];  // column always reads as 1

initial begin : init_bit_fault_stuck
    integer i;
    integer j;
    fault_no_write = {bits{1'b0}};
    fault_stuck_0  = {bits{1'b0}};
    fault_stuck_1  = {bits{1'b0}};
    for ( i =0; i <=words; i=i+1) begin
        bit_fault_stuck_0[i] = {bits{1'b0}};
        bit_fault_stuck_1[i] = {bits{1'b0}};
    end
end
`endif // FAULT

`ifdef SIM_and_MONITOR
//VCS coverage off    
// monitor variables
reg monitor_on;
reg [words-1:0] word_written;
reg [words-1:0] word_read;
reg [bits-1:0] bit_written[0:words-1];
reg [bits-1:0] bit_read[0:words-1];

initial begin : init_monitor
  integer i;
  monitor_on = 1'b0; 
  for(i=0;i<= words-1;i=i+1) begin
      word_written[i] = 1'b0;
      word_read[i] = 1'b0;
      bit_written[i] = {bits{1'bx}};
      bit_read[i] = {bits{1'bx}};
  end
end  
`endif // MONITOR
//VCS coverage on    

// Bit write enable
// Write only when mask=1. Else hold the data.
`ifdef SIM_and_FAULT
// Include fault registers
wire [bits-1:0] bwe = wrmaskn & ~fault_no_write;
`else //SIM_and_FAULT
wire [bits-1:0] bwe = wrmaskn ;
`endif //SIM_and_FAULT
wire [bits-1:0] bitclk = {bits{wrclk}} & bwe ;

integer i;
`ifdef SIM_and_FAULT
always @(bitclk or wadr or wrdata)
`else 
always @(wrclk or wadr or wrdata)
`endif 
begin
`ifdef SIM_and_FAULT
    for (i=0 ; i<bits ; i=i+1) 
    begin
        if (bitclk[i])
            arr[wadr][i] <= wrdata[i]; // spyglass disable SYNTH_5130,W18
    end
`else 
    if (wrclk) 
        arr[wadr] <= wrdata; // spyglass disable SYNTH_5130,W18
`endif
`ifdef SIM_and_MONITOR
//VCS coverage off    
    for (i=0 ; i<bits ; i=i+1) 
    begin
`ifdef SIM_and_FAULT
        if (bitclk[i]) 
`else 
        if (wrclk)
`endif // FAULT
        begin
            // Check which bits are being written. Also track the values as per table below.
            // 1'bx = not accessed
            // 1'b0 = accessed as a 0
            // 1'b1 = accessed as a 1
            // 1'bz = accessed as both 0 and 1 
            if (monitor_on) begin 
				case (bit_written[wadr][i]) // spyglass disable SYNTH_5130,W18
					1'bx: bit_written[wadr][i] = wrdata[i];
					1'b0: bit_written[wadr][i] = wrdata[i] == 1 ? 1'bz : 1'b0;
					1'b1: bit_written[wadr][i] = wrdata[i] == 0 ? 1'bz : 1'b1;
					1'bz: bit_written[wadr][i] = 1'bz;
				endcase
            end
        end // if
    end //for
    if (monitor_on) begin 
    // Word is considered written if any of the bits are written
`ifdef SIM_and_FAULT
        word_written[wadr] <= |(bitclk) | word_written[wadr]; // spyglass disable SYNTH_5130,W18
`else 
        word_written[wadr] <= wrclk | word_written[wadr]; // spyglass disable SYNTH_5130,W18
`endif // FAULT
    end
`endif // MONITOR
//VCS coverage on    
end

`ifdef SIM_and_FAULT
// Include fault registers
wire [bits-1:0] bre = ~(bit_fault_stuck_1[radr] | bit_fault_stuck_0[radr]); // spyglass disable SYNTH_5130
`else //SIM_and_FAULT
wire [bits-1:0] bre = {bits{1'b1}};
`endif //SIM_and_FAULT

// Read the unlatched data out.
`ifdef SIM_and_FAULT
assign rdarr = (~arr[radr] | bit_fault_stuck_0[radr]) & ~bit_fault_stuck_1[radr]; // spyglass disable SYNTH_5130
`else 
assign rdarr = ~arr[radr]; // spyglass disable SYNTH_5130
`endif 

`ifdef SIM_and_MONITOR
//VCS coverage off    
always @radr begin
    // Check if a bit in the word can be read.
    // 1'bx = not accessed
    // 1'b0 = accessed as a 0
    // 1'b1 = accessed as a 1
    // 1'bz = accessed as both 0 and 1 
    if (monitor_on) begin
        for (i=0; i<bits; i=i+1) begin
	        if (bre[i]) begin
	            case (bit_read[radr][i])
				    1'bx: bit_read[radr][i] = rdarr[i];
					1'b0: bit_read[radr][i] = rdarr[i] == 1 ? 1'bz : 1'b0;
					1'b1: bit_read[radr][i] = rdarr[i] == 0 ? 1'bz : 1'b1;
					1'bz: bit_read[radr][i] = 1'bz;
		        endcase
	        end
	    end
    end 
    // Word is marked read only if any of the bits are read.
    word_read[radr] = |(bre);
end
//VCS coverage on    
`endif // MONITOR

`ifndef SYNTHESIS 
assign #0.1 rout_B = rdarr;
`else 
assign  rout_B = rdarr;
`endif

`ifndef SYNTHESIS
// Task for initializing the arrays

//VCS coverage off    
task mem_wr_raw_subbank;
  input [addrs-1:0] addr;
  input [35:0] data;
  begin
    arr[addr] = data;
  end
endtask

// function for array read
function [35:0] mem_read_raw_subbank;
input [addrs-1:0] addr;
	mem_read_raw_subbank = arr[addr];
endfunction

`ifdef FAULT_INJECTION
// BIST Tasks for inducing faults
// induce faults on columns
task mem_fault_no_write_subbank;
  input [bits-1:0] fault_mask;
   begin
    fault_no_write = fault_mask;
  end
endtask

// Stuck at 0 for entire memory
task mem_fault_stuck_0_subbank;
  input [bits-1:0] fault_mask;
  integer i;
   begin
    for ( i=0; i<words; i=i+1 ) begin
      bit_fault_stuck_0[i] = fault_mask;
    end
  end
endtask

// Stuck at 1 for entire memory
task mem_fault_stuck_1_subbank;
  input [bits-1:0] fault_mask;
  integer i;
   begin
    for ( i=0; i<words; i=i+1 ) begin
      bit_fault_stuck_1[i] = fault_mask;
    end
  end
endtask

// Stuck at 0 for specific bit
task set_bit_fault_stuck_0_subbank;
  input r;
  input c;
  integer r;
  integer c;
  bit_fault_stuck_0[r][c] = 1;
endtask

// Stuck at 1 for specific bit
task set_bit_fault_stuck_1_subbank;
  input r;
  input c;
  integer r;
  integer c;
  bit_fault_stuck_1[r][c] = 1;
endtask

// Clear stuck 0 at bit
task clear_bit_fault_stuck_0_subbank;
  input r;
  input c;
  integer r;
  integer c;
  bit_fault_stuck_0[r][c] = 0;
endtask

// Clear stuck 1 at bit
task clear_bit_fault_stuck_1_subbank;
  input r;
  input c;
  integer r;
  integer c;
  bit_fault_stuck_1[r][c] = 0;
endtask
//VCS coverage on    
`endif //STUCK
`endif //SYNTHESIS

endmodule
`endif // end EMULATION
`endif // end RAM_INTERFACE